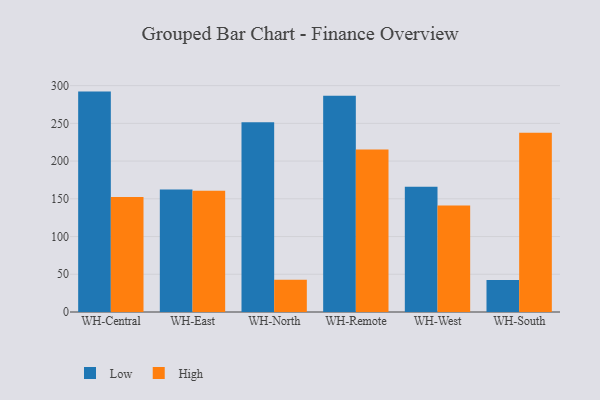
{"axis": {"x": "Warehouse", "y": "Market Share (%)"}, "legend": ["High", "Low"], "data": [{"x": "WH-Central", "y": 292.1, "type": "Low"}, {"x": "WH-Central", "y": 152.5, "type": "High"}, {"x": "WH-East", "y": 162.2, "type": "Low"}, {"x": "WH-East", "y": 160.6, "type": "High"}, {"x": "WH-North", "y": 251.4, "type": "Low"}, {"x": "WH-North", "y": 42.6, "type": "High"}, {"x": "WH-Remote", "y": 286.6, "type": "Low"}, {"x": "WH-Remote", "y": 215.5, "type": "High"}, {"x": "WH-West", "y": 166.0, "type": "Low"}, {"x": "WH-West", "y": 141.1, "type": "High"}, {"x": "WH-South", "y": 42.3, "type": "Low"}, {"x": "WH-South", "y": 237.4, "type": "High"}]}